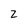
Character: z